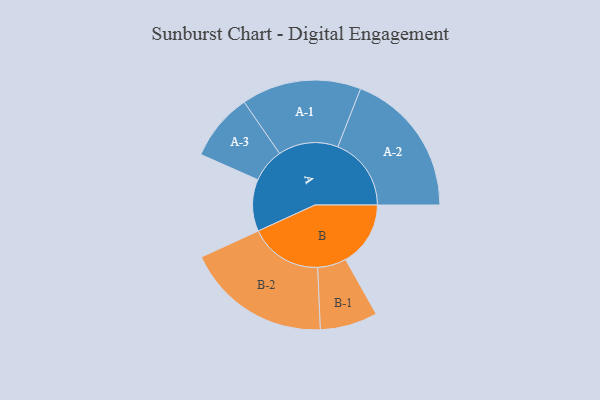
{"axis": {"x": "Segment", "y": "Value"}, "legend": ["", "A", "B"], "data": [{"x": "A", "y": 195, "type": ""}, {"x": "B", "y": 244, "type": ""}, {"x": "A-1", "y": 225, "type": "A"}, {"x": "A-2", "y": 276, "type": "A"}, {"x": "A-3", "y": 127, "type": "A"}, {"x": "B-1", "y": 108, "type": "B"}, {"x": "B-2", "y": 273, "type": "B"}]}